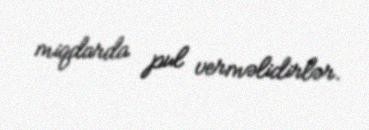
miqdarda pul verməlidirlər.